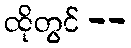
ထိုတွင် --